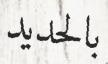
بالحديد